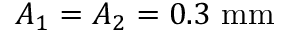
A _ { 1 } = A _ { 2 } = 0 . 3 ~ \mathrm { m m }